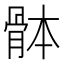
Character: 骵